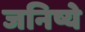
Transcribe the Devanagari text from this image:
जनिष्ये